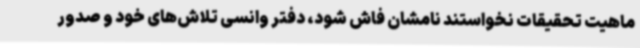
ماهیت تحقیقات نخواستند نامشان فاش شود، دفتر وانسی تلاش‌های خود و صدور